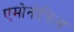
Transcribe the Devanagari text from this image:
एमोनोफिस